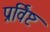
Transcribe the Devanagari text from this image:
प्रर्विष्ट